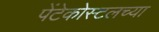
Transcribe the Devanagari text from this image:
पेंटेकोस्टलच्या